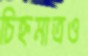
চিহ্নমাত্রও